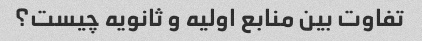
تفاوت بین منابع اولیه و ثانویه چیست؟